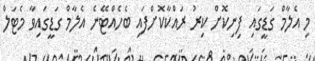
މި އެލާމް ގަޑީގައި ފިނިކޮށް ކިރު ރައްކާކޮށްފައި ބެހެއްޓޭނެ އެލާމް ގަޑީގައިވާ މެޓަލް